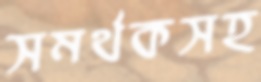
সমর্থকসহ